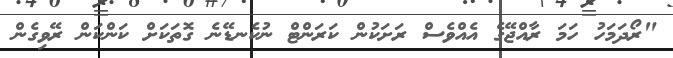
"ރޯދަމަހު ހަމަ ރާއްޖޭގެ އެއްވެސް ރަށަކުން ކަރަންޓް ނުކެނޑޭނެ ގޮތަކަށް ކަންކަން ރޭވިގެން